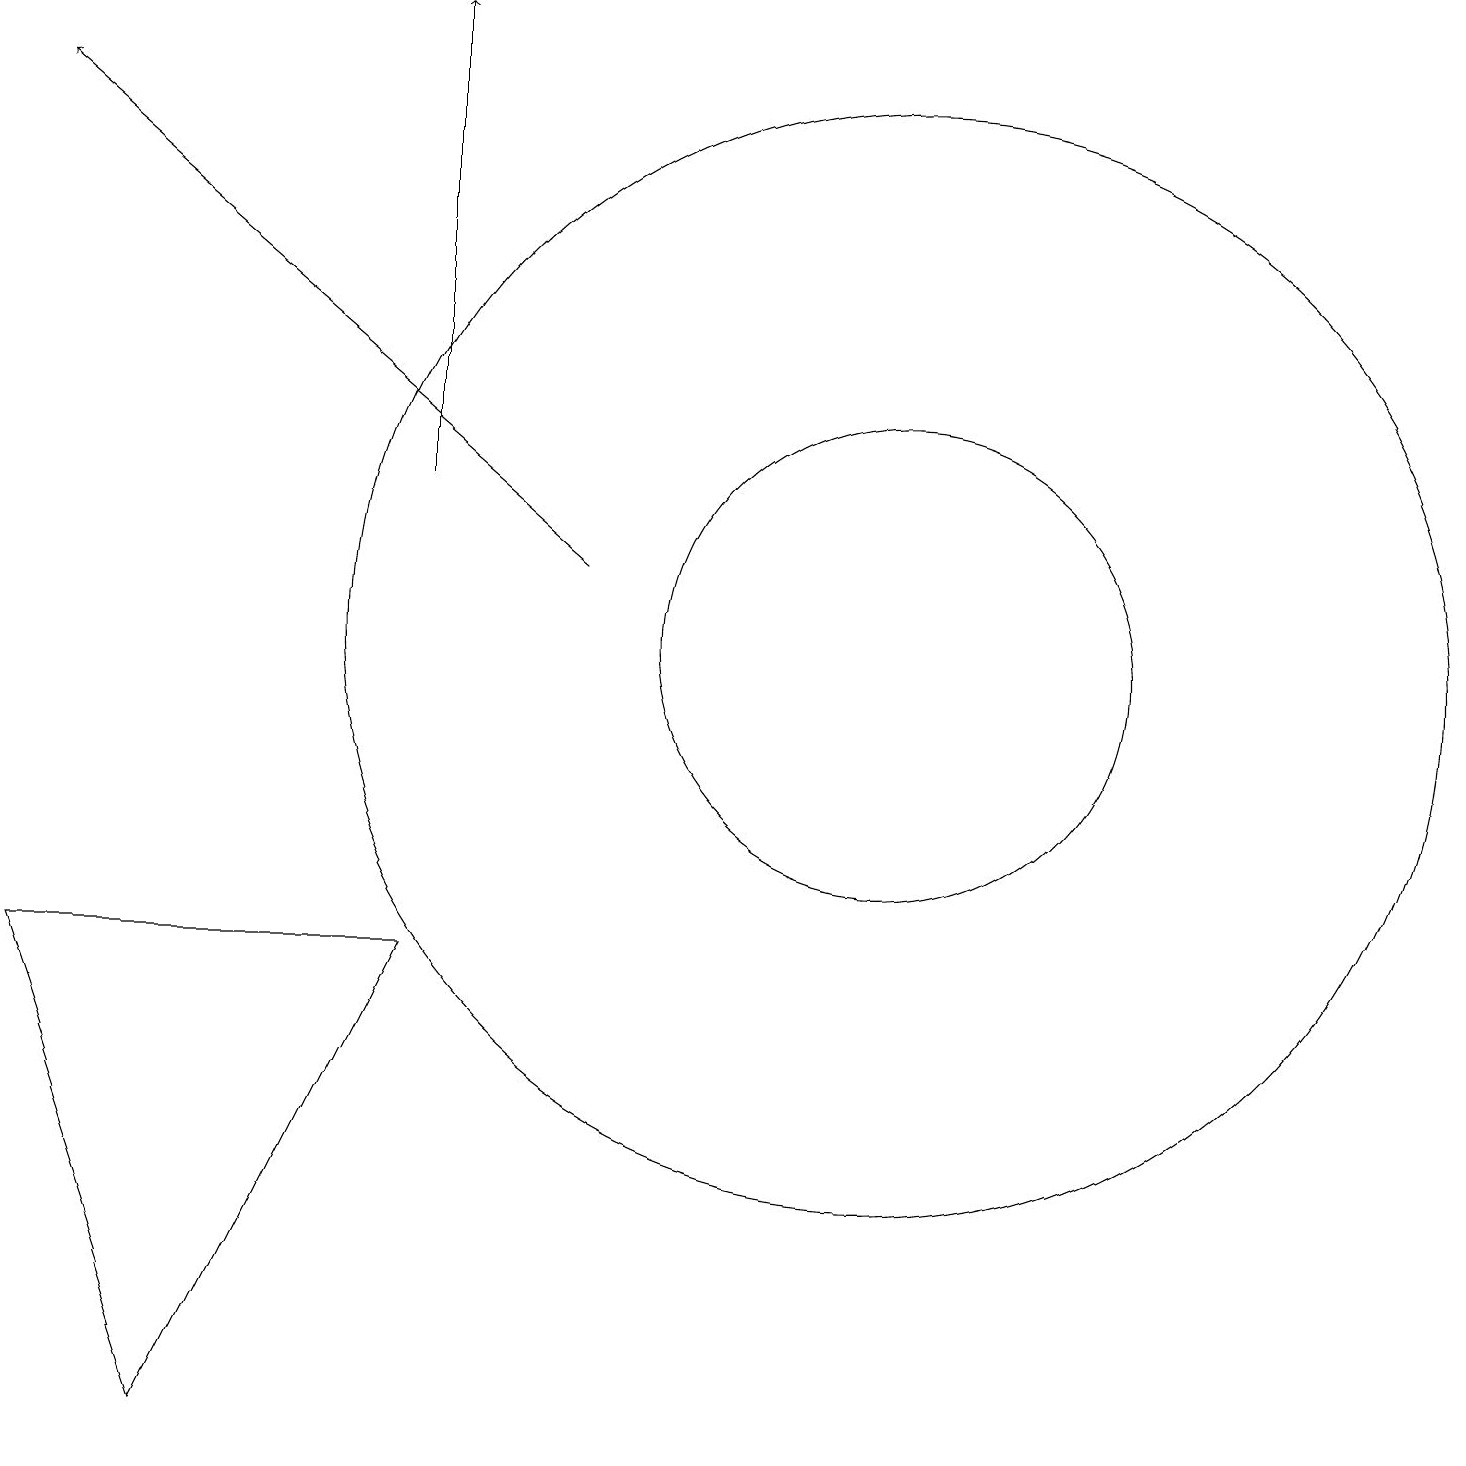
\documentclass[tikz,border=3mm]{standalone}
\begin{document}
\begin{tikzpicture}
\draw (1,7) -- (6,7) -- (3,1) -- cycle;
\draw[->] (8,12) -- (1,18);
\draw (12,11) circle (7);
\draw[->] (6,13) -- (6,19);
\draw (12,11) circle (3);
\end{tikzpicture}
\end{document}